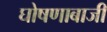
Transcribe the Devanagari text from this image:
घोषणाबाजी